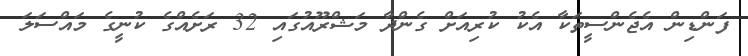
ފަންޑިން އެޖެންސީތަކާ އެކު ކުރިއަށް ގެންދާ މަޝްރޫއުގައި 32 ރަށެއްގެ ކުނީގެ މައްސަލަ